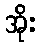
အိုး